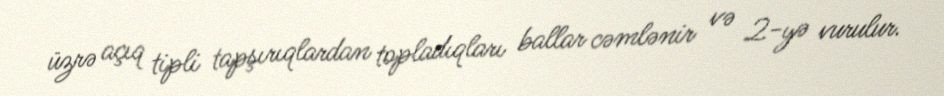
üzrə açıq tipli tapşırıqlardan topladıqları ballar cəmlənir və 2-yə vurulur.